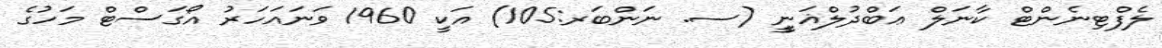
ލެފްޓިނެންޓް ކާނަލް ޢަބްދުލްޣަނީީ (ސ. ނަންބަރ:105) އަކީ 1960 ވަނައަހަރު އޯގަސްޓްް މަހުގެ